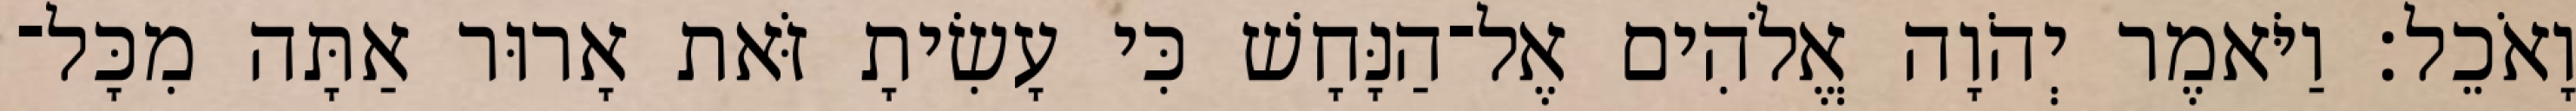
וָאֹכֵל׃ וַיֹּאמֶר יְהֹוָה אֱלֹהִים אֶל־הַנָּחָשׁ כִּי עָשִׂיתָ זֹּאת אָרוּר אַתָּה מִכָּל־